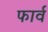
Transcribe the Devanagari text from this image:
फार्व